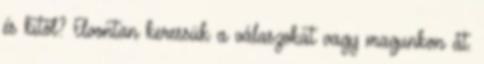
és kitől? Elvontan keressük a válaszokat vagy magunkon át.